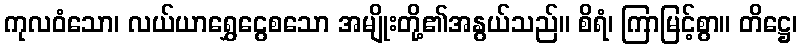
ကုလဝံသော၊ လယ်ယာရွှေငွေစသော အမျိုးတို့၏အနွယ်သည်။ စိရံ၊ ကြာမြင့်စွာ။ တိဋ္ဌေ၊